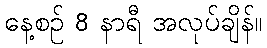
နေ့စဉ် 8 နာရီ အလုပ်ချိန်။